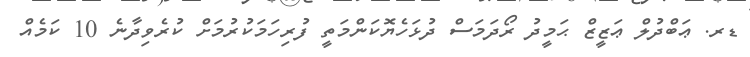
ޑރ. ޢަބްދުލް ޢަޒީޒް ޙަމީދު ރޯދަމަސް ދުޅަހެޔޮކަންމަތީ ފުރިހަމަކުރުމަށް ކުރެވިދާނެ 10 ކަމެއް